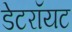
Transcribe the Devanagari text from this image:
डेटरॉयट